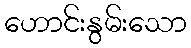
ဟောင်းနွမ်းသော